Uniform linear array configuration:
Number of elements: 4
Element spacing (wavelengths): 0.5
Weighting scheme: hann
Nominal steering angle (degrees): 15
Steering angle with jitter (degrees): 16.069
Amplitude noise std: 0.05
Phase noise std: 0.05

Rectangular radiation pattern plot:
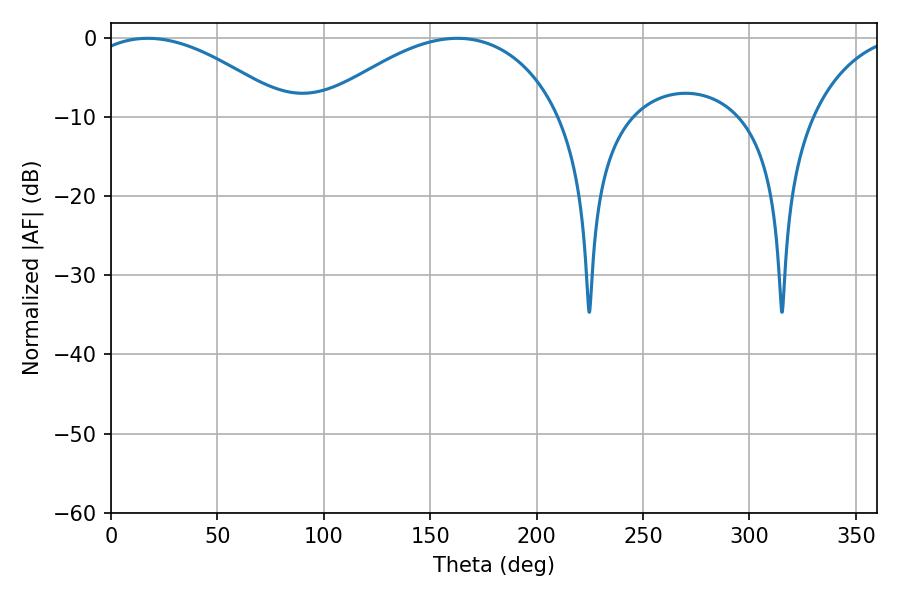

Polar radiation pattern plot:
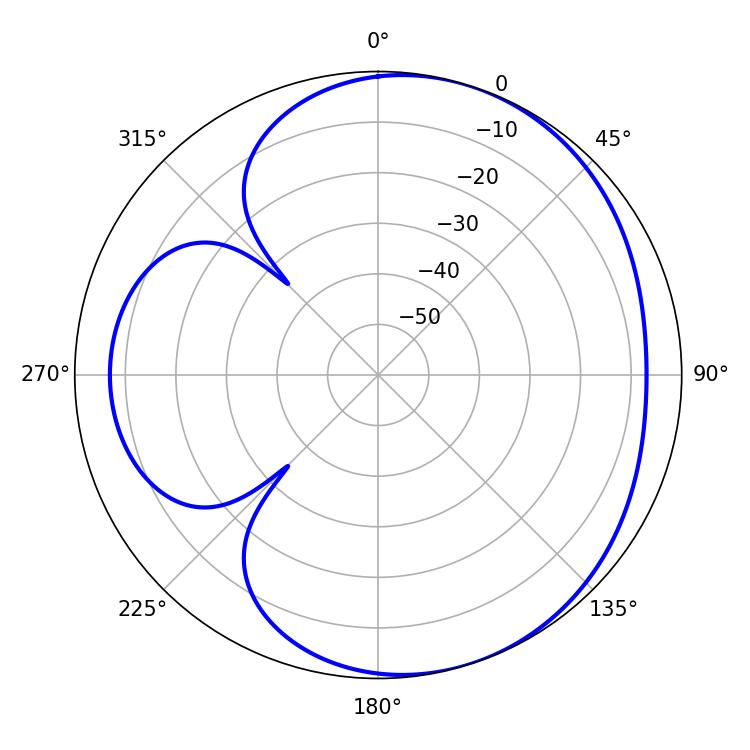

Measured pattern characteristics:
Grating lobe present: FALSE
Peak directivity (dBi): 4.455
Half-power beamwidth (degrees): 52.74
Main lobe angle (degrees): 17.28